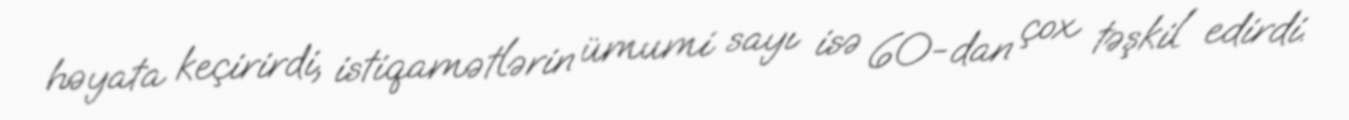
həyata keçirirdi, istiqamətlərin ümumi sayı isə 60-dan çox təşkil edirdi.